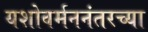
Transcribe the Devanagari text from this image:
यशोवर्मननंतरच्या